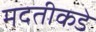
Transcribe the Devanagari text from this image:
मदतीकडे